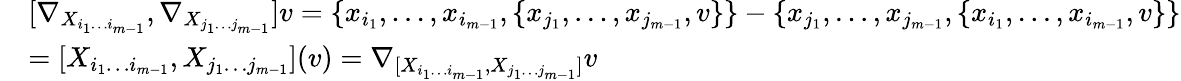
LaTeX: \begin{array}{rl}&{[\nabla_{X_{i_{1}\dotsc i_{m-1}}},\nabla_{X_{j_{1}\dotsc j_{m-1}}}]v=\{ x_{i_{1}},\dotsc,x_{i_{m-1}},\{ x_{j_{1}},\dotsc,x_{j_{m-1}},v\} \} -\{ x_{j_{1}},\dotsc,x_{j_{m-1}},\{ x_{i_{1}},\dotsc,x_{i_{m-1}},v\} \} }\\ &{=[X_{i_{1}\dotsc i_{m-1}},X_{j_{1}\dotsc j_{m-1}}](v)=\nabla_{[X_{i_{1}\dotsc i_{m-1}},X_{j_{1}\dotsc j_{m-1}}]}v}\end{array}